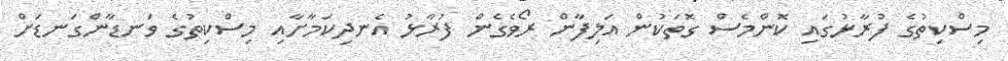
މިސްކިތުގެ ފުރާޅުގައި ކޮންމެސް ގޮތަކުން އަލިފާން ރޯވެގެން ފުރާޅު އެނދިކަމާށާއި މިސްކިތުގެ ވަނޑާންގަނޑަށް